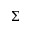
\Sigma